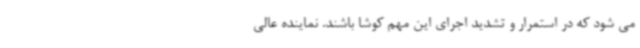
می شود که در استمرار و تشدید اجرای این مهم کوشا باشند. نماینده عالی